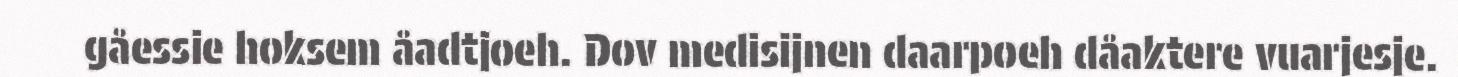
gåessie hoksem åadtjoeh. Dov medisijnen daarpoeh dåaktere vuarjesje.